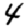
Digit: 4